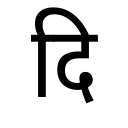
OCR:
दि